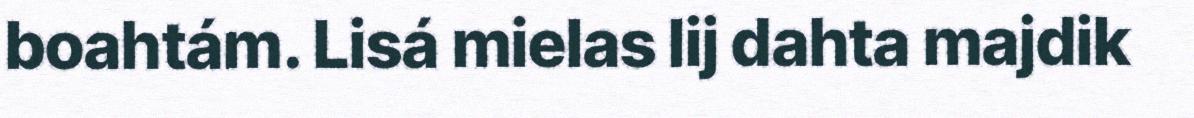
boahtám. Lisá mielas lij dahta majdik